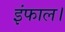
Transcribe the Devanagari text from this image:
इंफाल।